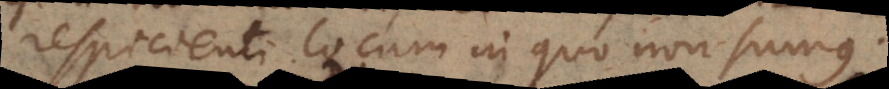
respicienti locum in quo non sumus.